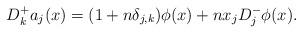
LaTeX: \begin{align*}D^+_ka_j(x) = (1 + n\delta_{j,k})\phi(x) + nx_jD^-_j\phi(x).\end{align*}